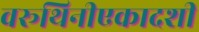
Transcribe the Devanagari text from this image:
वरूथिनीएकादशी